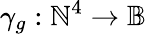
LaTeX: \gamma_{g}:\mathbb{N}^{4}\rightarrow\mathbb{B}